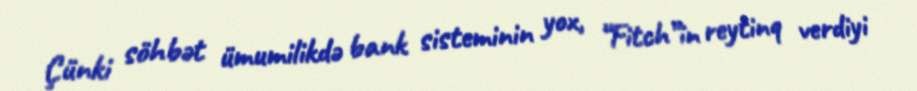
Çünki söhbət ümumilikdə bank sisteminin yox, “Fitch”in reytinq verdiyi